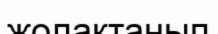
жолақтанып